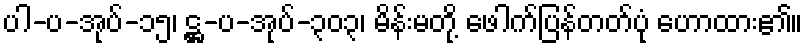
ပါ-ပ-အုပ်-၁၅၊ ဋ္ဌ-ပ-အုပ်-၃၀၃၊ မိန်းမတို့ ဖေါက်ပြန်တတ်ပုံ ဟောထား၏။